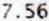
7.56